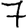
Digit: 7